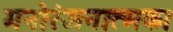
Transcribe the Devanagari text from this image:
मनोरंजनात्मक।